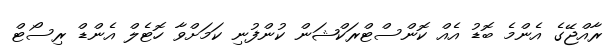
ރާއްޖޭގެ އެންމެ ބޮޑު އެއް ކޮންސްޓްރަކްޝަން ކުންފުނި ކަމަށްވާ ހޮޓެލް އެންޑް ރިސޯޓް